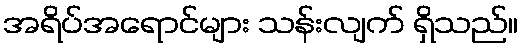
အရိပ်အရောင်များ သန်းလျက် ရှိသည်။